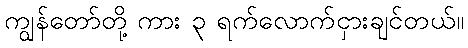
ကျွန်တော်တို့ ကား ၃ ရက်လောက်ငှားချင်တယ်။